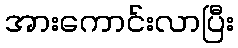
အားကောင်းလာပြီး